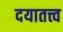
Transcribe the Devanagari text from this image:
दयातत्त्व